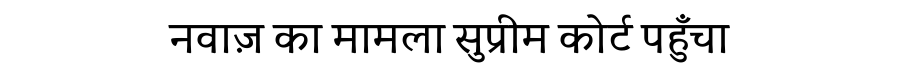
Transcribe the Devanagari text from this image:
नवाज़ का मामला सुप्रीम कोर्ट पहुँचा